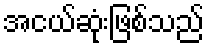
အငယ်ဆုံးဖြစ်သည်